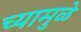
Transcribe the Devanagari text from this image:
च्यामुळे